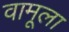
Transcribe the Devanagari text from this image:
वामूला